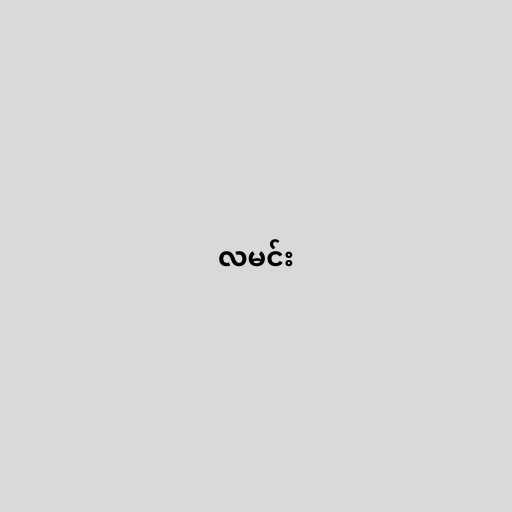
လမင်း